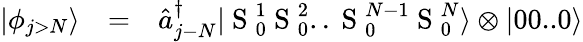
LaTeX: \begin{array}{ccl}{|\phi_{j>N}\rangle}&{=}&{\hat{a}_{j-N}^{\dagger}|\mathrm{~S~}_{0}^{1}\mathrm{~S~}_{0}^{2}..\mathrm{~S~}_{0}^{N-1}\mathrm{~S~}_{0}^{N}\rangle\otimes|00..0\rangle}\end{array}